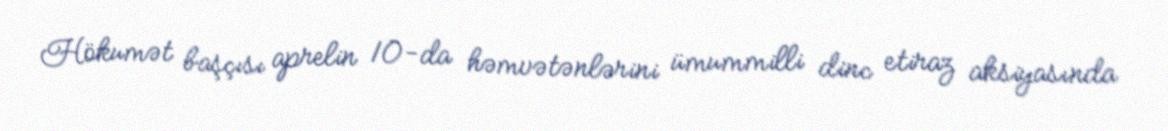
Hökumət başçısı aprelin 10-da həmvətənlərini ümummilli dinc etiraz aksiyasında